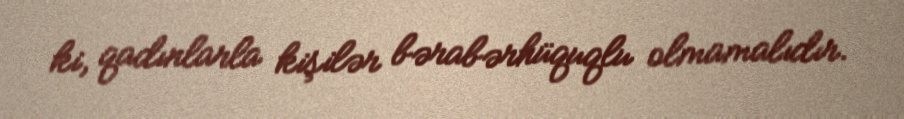
ki, qadınlarla kişilər bərabərhüquqlu olmamalıdır.